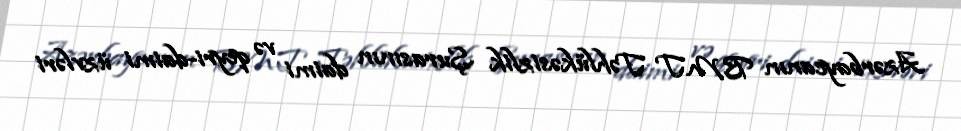
Azərbaycanın BMT Təhlükəsizlik Şurasının daimi və qeyri-daimi üzvləri